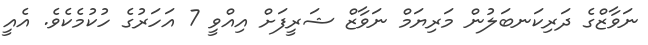
ނަވާޒްގެ ދަރިކަނބަލުން މަރިޔަމް ނަވާޒް ޝަރީފަށް އިއްވީ 7 އަހަރުގެ ހުކުމެކެވެ. އެއީ